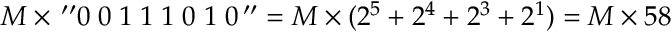
M \times \, ^ { \prime \prime } 0 \; 0 \; 1 \; 1 \; 1 \; 0 \; 1 \; 0 \, ^ { \prime \prime } = M \times ( 2 ^ { 5 } + 2 ^ { 4 } + 2 ^ { 3 } + 2 ^ { 1 } ) = M \times 5 8